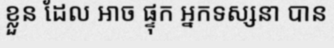
ខ្លួន ដែល អាច ផ្ទុក អ្នកទស្សនា បាន